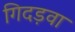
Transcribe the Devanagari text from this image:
गिदड़वा